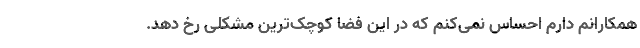
همکارانم دارم احساس نمی‌کنم که در این فضا کوچک‌ترین مشکلی رخ دهد.